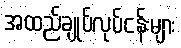
အထည်ချုပ်လုပ်ငန်းများ